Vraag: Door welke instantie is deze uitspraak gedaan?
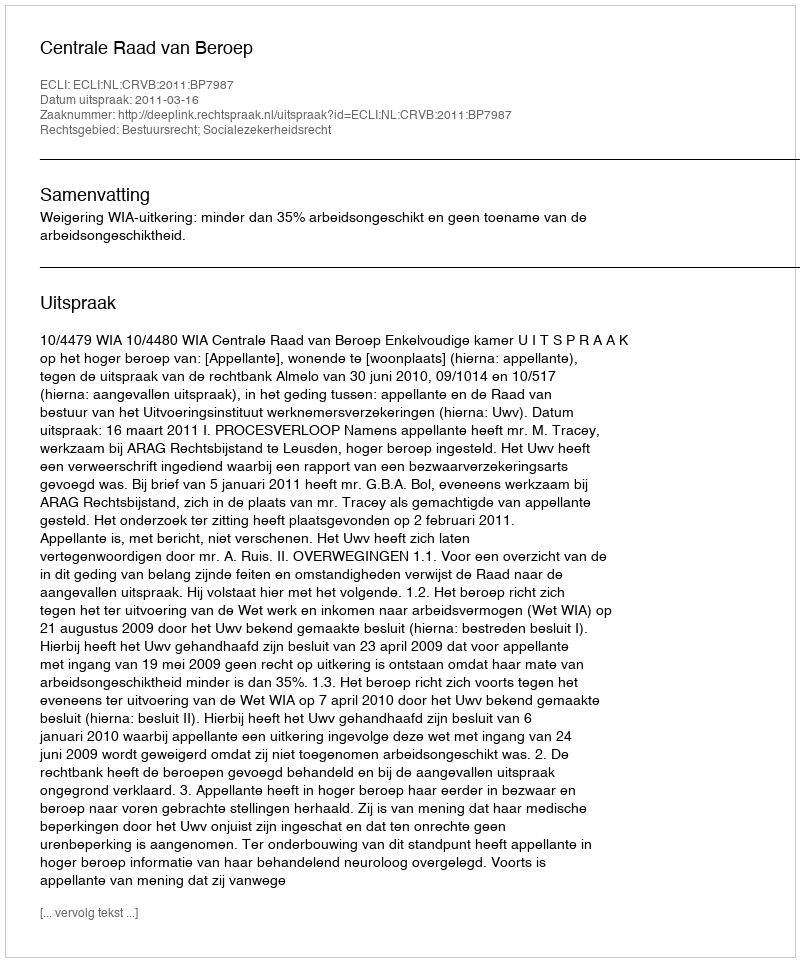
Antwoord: Centrale Raad van Beroep